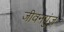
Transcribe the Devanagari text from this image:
जीवनपुंज